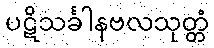
ပဋိသင်္ခါနဗလသုတ္တံ